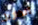
ألفاريز